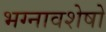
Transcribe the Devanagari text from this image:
भग्नावशेषो